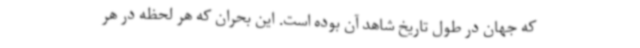
که جهان در طول تاریخ شاهد آن بوده است. این بحران که هر لحظه در هر